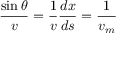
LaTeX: { \frac { \sin { \theta } } { v } } = { \frac { 1 } { v } } { \frac { d x } { d s } } = { \frac { 1 } { v _ { m } } }